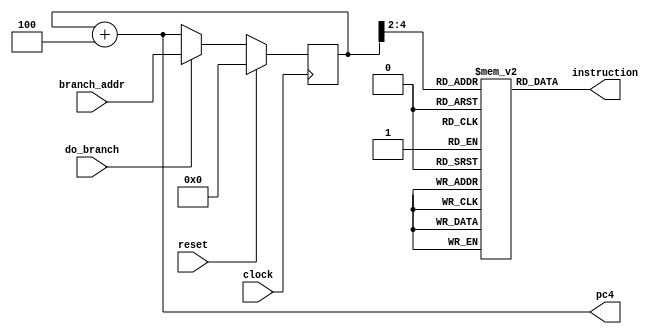
// vhdl: sudhakar yalamanchili
// translated to verilog by yehowshua with vhd2l and manual tuning
// https://github.com/ldoolitt/vhd2vl

// instruction fetch behavioral model. instruction memory is
// provided within this model. if increments the pc,  
// and writes the appropriate output signals. 


module fetch(
input wire clock,
input wire reset,
input wire [31:0] branch_addr,
input wire do_branch,
output wire [31:0] instruction,
output wire [31:0] pc4
);

// internals
reg [31:0] pc;
wire [31:0] next_pc;


  // load the program into the memory
  // a better way to do this is with gnu-as
  // and verilog primitive ``readmemh``.
  // note we use [0:31]. This allows us to 
  // paste instructions from big-endian
  // assemblers lik gnu-as in big-endian
  // mode and most online mips assemblers
  reg [0:31] iram [0:7];
    initial begin 
      iram[0] = 32'hac030000; // sw	$3, 0x0
      iram[1] = 32'h8c040000; // lw	$4, 0x0
      iram[2] = 32'h00832820; // add $5, $4, $3
//      iram[3] = 32'h34840002 // ori $4, $4, 0x2
//      iram[3] = 32'h3C090004 // lui $9, 0x4
      iram[3] = 32'h0085182A; // slt $3, $4, $5
//      iram[3] = 32'h00A4182A; // slt $3, $5, $4
//      iram[3] = 32'h00e52822; // sub $5, $7, $5
//      iram[3]=  32'h08000001; // j 1
      iram[4] = 32'h00a12824; // and $5, $5, $1
      iram[5] = 32'h00a12825; // or $5, $5, $1
      iram[6] = 32'h10a1fff9; // beq $5, $1, _start
      iram[7] = 32'h00000000; // nop - branch delay slot
    end 


  // access instruction pointed to by current pc
  assign instruction = iram[pc[4:2]];

  // compute value of next pc
  assign next_pc = do_branch == 1'b1 ? branch_addr : pc + 4;

  // update the pc on the next clock			   
  always @(posedge clock) begin
    if(reset == 1'b1)
      pc <= 32'h00000000;
    else
      pc <= next_pc;
  end

  assign pc4 = pc + 4;

endmodule